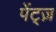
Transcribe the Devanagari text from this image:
पेंट्ज़